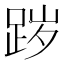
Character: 𰸊